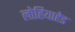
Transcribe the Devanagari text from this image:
लोहियाहेड